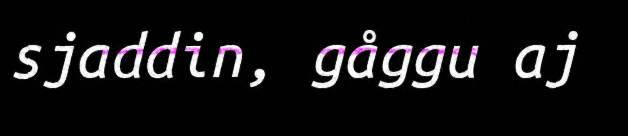
sjaddin, gåggu aj